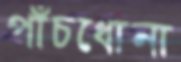
পাঁচধোনা